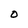
Character: O